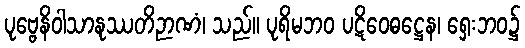
ပုဗ္ဗေနိဝါသာနုဿတိဉာဏံ၊ သည်။ ပုရိမဘဝ ပဋိဝေဓဋ္ဌေန၊ ရှေးဘဝ၌